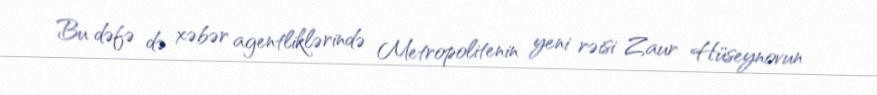
Bu dəfə də xəbər agentliklərində Metropolitenin yeni rəisi Zaur Hüseynovun